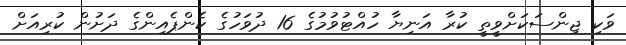
ވަކި ޖިންސަކަށްވީތީ ކުރާ އަނިޔާ ހުއްޓުވުމުގެ 16 ދުވަހުގެ ކެންޕެއިންގެ ދަށުން ކުރިއަށް